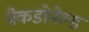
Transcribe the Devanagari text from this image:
मैकडोनेल्ड